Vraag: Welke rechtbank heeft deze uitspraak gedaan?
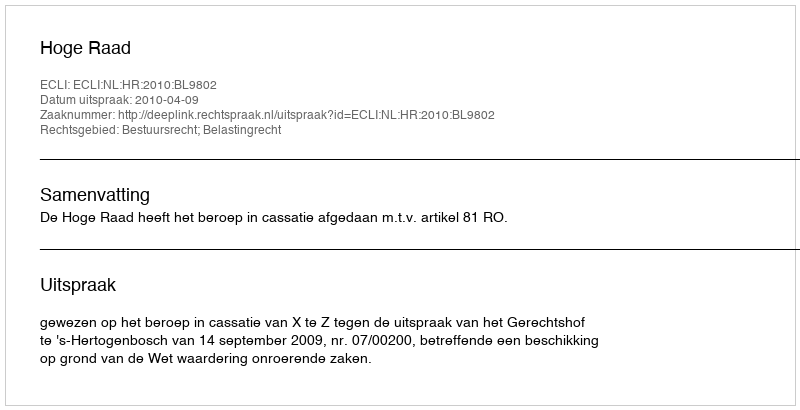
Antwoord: Hoge Raad